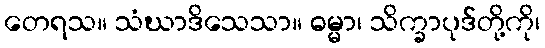
တေရသ။ သံဃာဒိသေသာ။ ဓမ္မာ၊ သိက္ခာပုဒ်တို့ကို၊